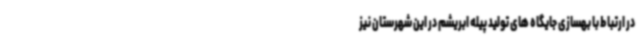
در ارتباط با بهسازی جایگاه های تولید پیله ابریشم در این شهرستان نیز